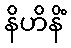
နိဟိနိံ